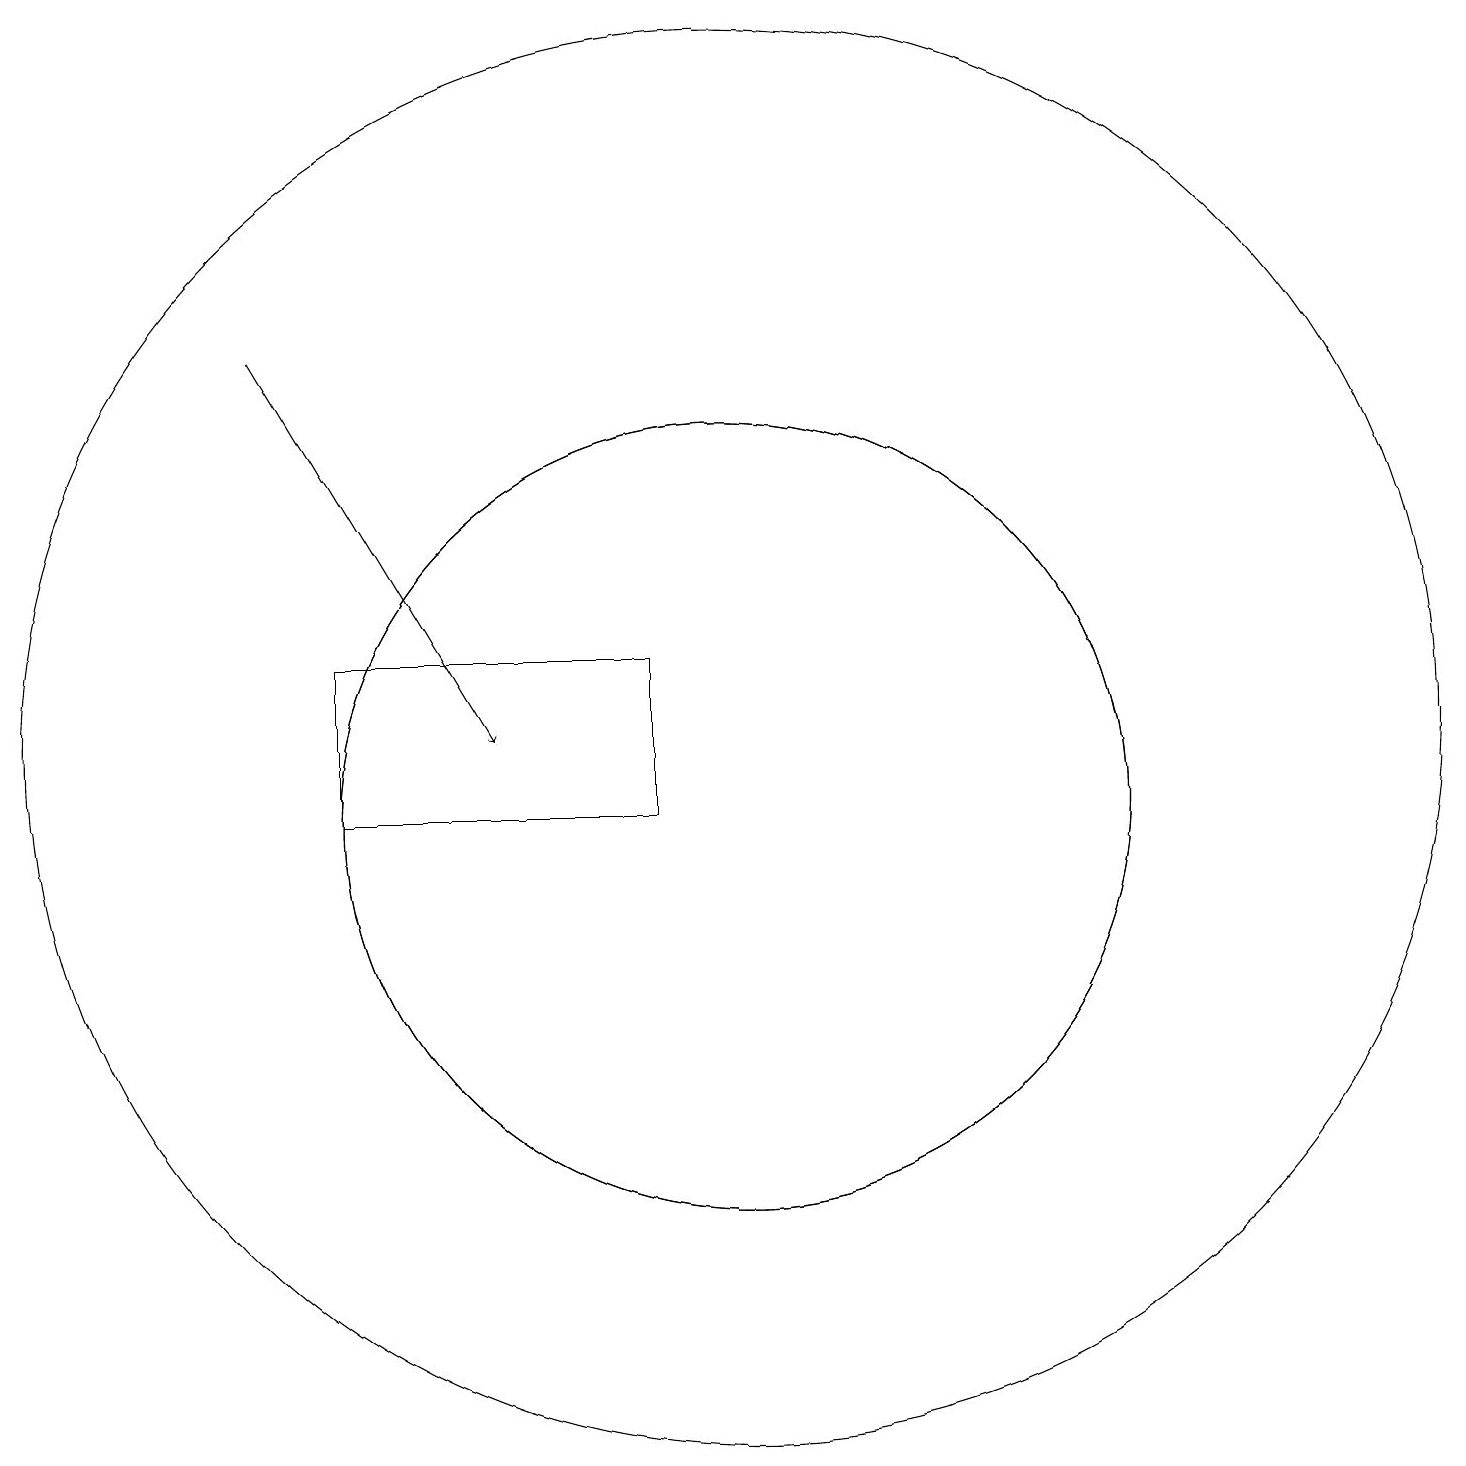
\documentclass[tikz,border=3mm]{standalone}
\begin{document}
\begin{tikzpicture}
\draw[->] (4,17) -- (7,12);
\draw (9,13) rectangle (5,11);
\draw (10,11) circle (5);
\draw (10,11) circle (5);
\draw (10,12) circle (9);
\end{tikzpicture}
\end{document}